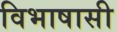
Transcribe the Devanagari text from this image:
विभाषासी